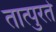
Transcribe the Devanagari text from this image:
तात्पुरतेे